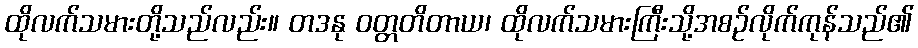
ထိုလက်သမားတို့သည်လည်း။ တဒနု ဝတ္တတိတာယ၊ ထိုလက်သမားကြီးသို့အစဉ်လိုက်ကုန်သည်၏